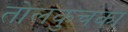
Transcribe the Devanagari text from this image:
तोलकुचका